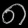
Digit: ၈